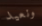
ونعيد